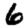
Digit: 6